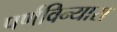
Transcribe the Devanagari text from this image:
पर्णविन्यास